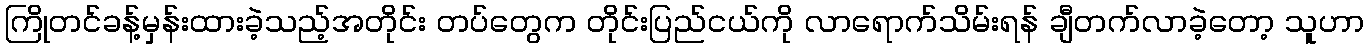
ကြိုတင်ခန့်မှန်းထားခဲ့သည့်အတိုင်း တပ်တွေက တိုင်းပြည်ငယ်ကို လာရောက်သိမ်းရန် ချီတက်လာခဲ့တော့ သူဟာ